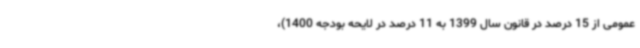
عمومی از 15 درصد در قانون سال 1399 به 11 درصد در لایحه بودجه 1400)،